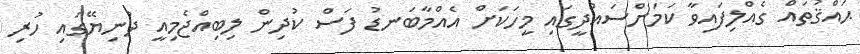
ޙައްޤުތައް ގެއްލިފައިވާ ކަމަށްސައުދީގައި މީހަކަށް އެއްމާބަނޑު ފަސް ކުދިން ލިބިއްޖެމިއީ ދުނިޔޭގައި ހުރި